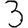
Digit: 3